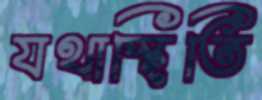
যথাস্হিতি